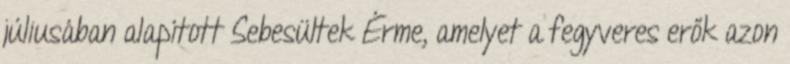
júliusában alapított Sebesültek Érme, amelyet a fegyveres erők azon